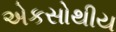
એકસોથીય